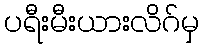
ပရီးမီးယားလိဂ်မှ